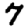
Digit: 7